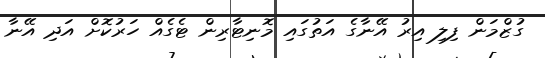
ގުޒްމަން ފިލި އިރު އޭނާގެ އަތުގައި މޮނިޓާރިން ޓެގެއް ހަރުކޮށް އަދި އޭނާ